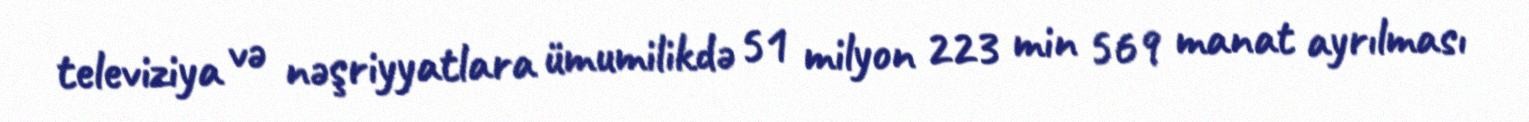
televiziya və nəşriyyatlara ümumilikdə 51 milyon 223 min 569 manat ayrılması